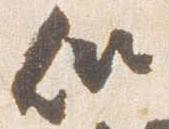
似